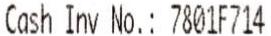
CASH INV NO.: 7801F714